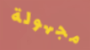
مجهولة